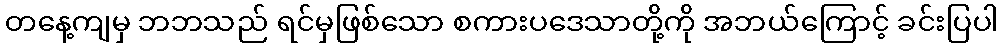
တနေ့ကျမှ ဘဘသည် ရင်မှဖြစ်သော စကားပဒေသာတို့ကို အဘယ်ကြောင့် ခင်းပြပါ